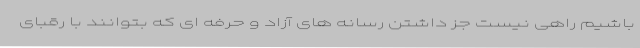
باشیم راهی نیست جز داشتن رسانه های آزاد و حرفه ای که بتوانند با رقبای